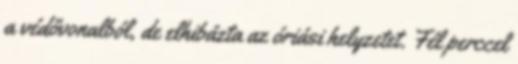
a védővonalból, de elhibázta az óriási helyzetet. Fél perccel